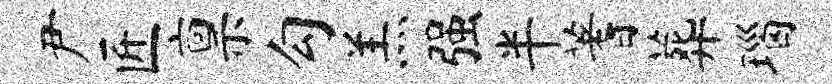
尹匠禀勾羔强半蓍葬瑙